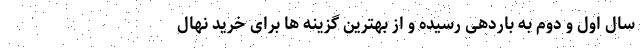
سال اول و دوم به باردهی رسیده و از بهترین گزینه ها برای خرید نهال